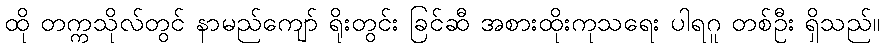
ထို တက္ကသိုလ်တွင် နာမည်ကျော် ရိုးတွင်း ခြင်ဆီ အစားထိုးကုသရေး ပါရဂူ တစ်ဦး ရှိသည်။